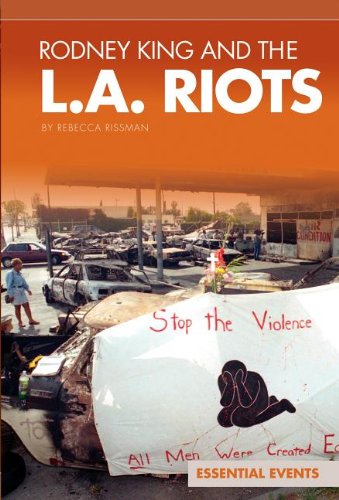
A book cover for Rodney King and the L.A. Riots (Essential Events (ABDO)); Rebecca Rissman; Teen & Young Adult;